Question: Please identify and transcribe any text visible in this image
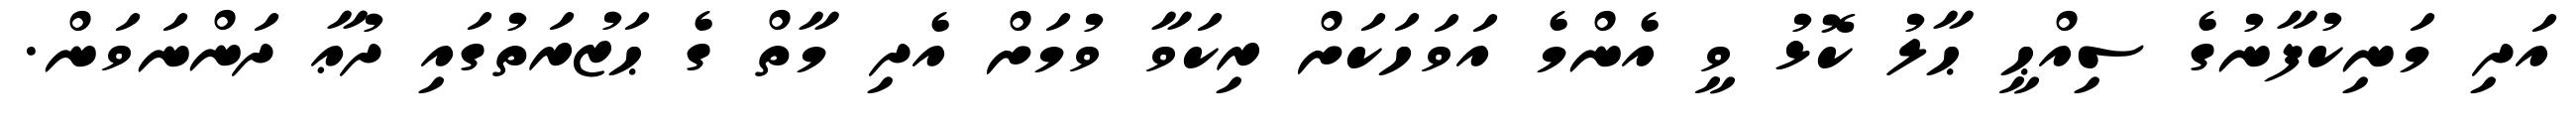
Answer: އަދި މަނިކުފާނުގެ ސިއްޙީ ޙާލު ކޮޅު ވީ އެންމެ އަވަހަކަށް ރިކަވާ ވުމަށް އެދި މާތް ގެ ޙަޒުރަތުގައި ދުޢާ ދަންނަވަން.